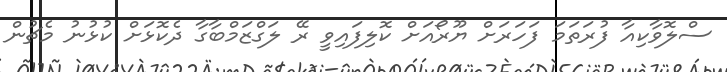
ސްލޮވާކިއާ ފުރަތަމަ ފަހަރަށް ޔޫރޯއަށް ކޮލިފައިވީ ރޭ ލަގްޒަމްބާގާ ދެކޮޅަށް ކުޅުނު މެޗުން